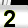
Digit: 2